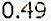
0.49